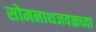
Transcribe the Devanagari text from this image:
सोमनाथजवळच्या